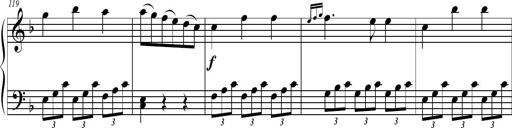
Title: 2 Sonatines faciles et brillantes pour le piano-forte seul
Composer: Carl Czerny